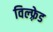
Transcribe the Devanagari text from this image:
विल्फ़्रेड